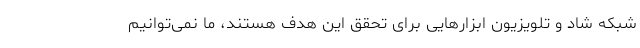
شبکه شاد و تلویزیون ابزارهایی برای تحقق این هدف هستند، ما نمی‌توانیم